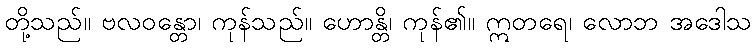
တို့သည်။ ဗလဝန္တော၊ ကုန်သည်။ ဟောန္တိ၊ ကုန်၏။ ဣတရေ၊ လောဘ အဒေါသ